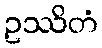
ဥဿိတံ